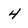
Character: 4